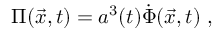
\Pi ( \vec { x } , t ) = a ^ { 3 } ( t ) \dot { \Phi } ( \vec { x } , t ) \ ,